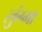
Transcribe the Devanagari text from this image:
लुंग्मा